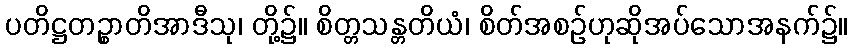
ပတိဋ္ဌတဉ္စာတိအာဒီသု၊ တို့၌။ စိတ္တသန္တတိယံ၊ စိတ်အစဉ်ဟုဆိုအပ်သောအနက်၌။